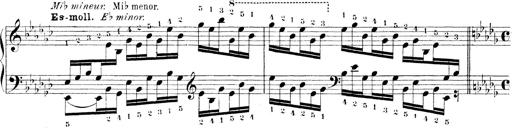
Title: Technische Studien
Composer: Franz Liszt